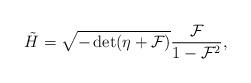
LaTeX: \begin{align*}{\tilde H}=\sqrt{-\det(\eta+{\cal F})}\frac{{\cal F}}{1-{\cal F}^2},\end{align*}